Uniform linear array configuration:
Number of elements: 64
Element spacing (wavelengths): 1
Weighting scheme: hamming
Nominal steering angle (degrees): -15
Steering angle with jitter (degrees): -13.189
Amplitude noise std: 0.05
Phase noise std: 0.05

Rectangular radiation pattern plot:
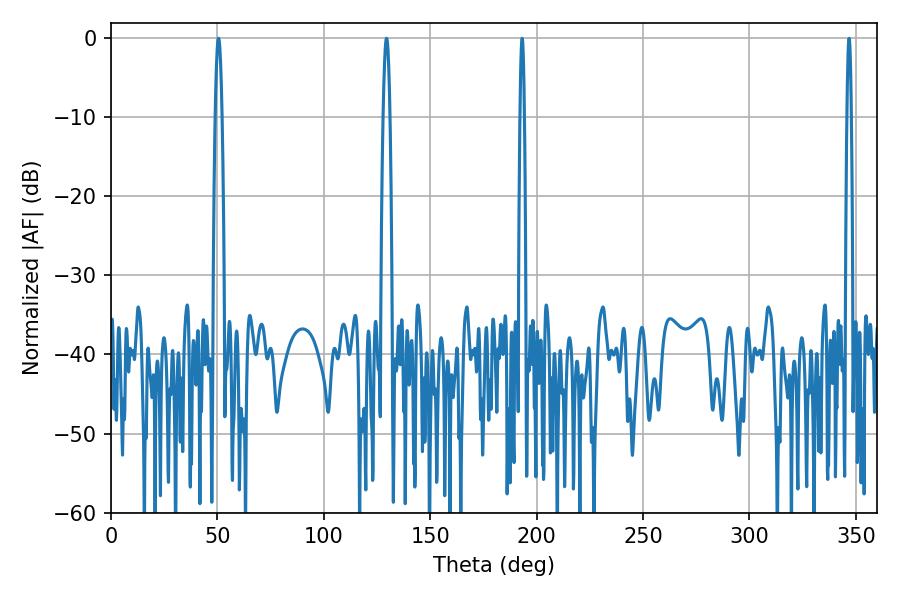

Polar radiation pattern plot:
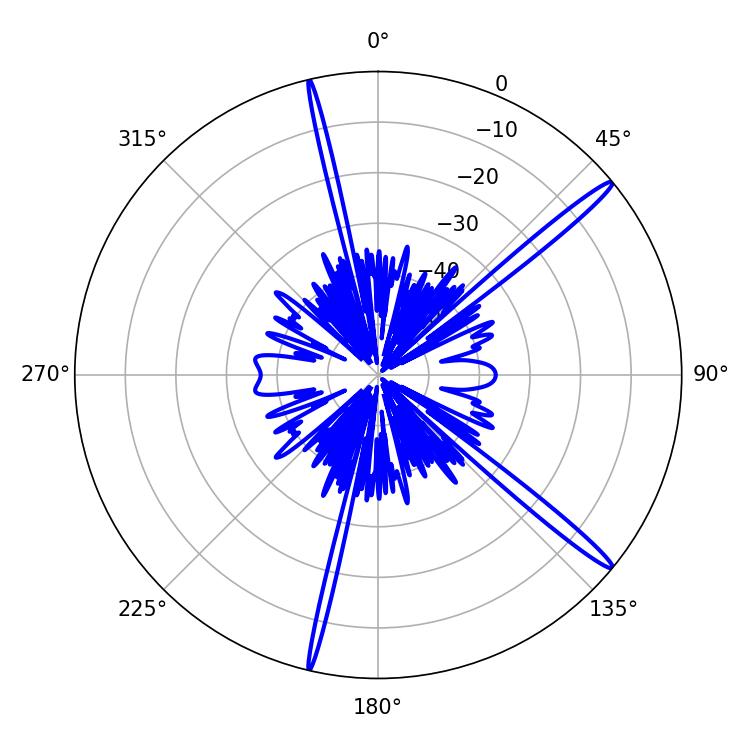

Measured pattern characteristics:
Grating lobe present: TRUE
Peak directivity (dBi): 16.732
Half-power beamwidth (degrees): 1.62
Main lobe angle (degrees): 129.42